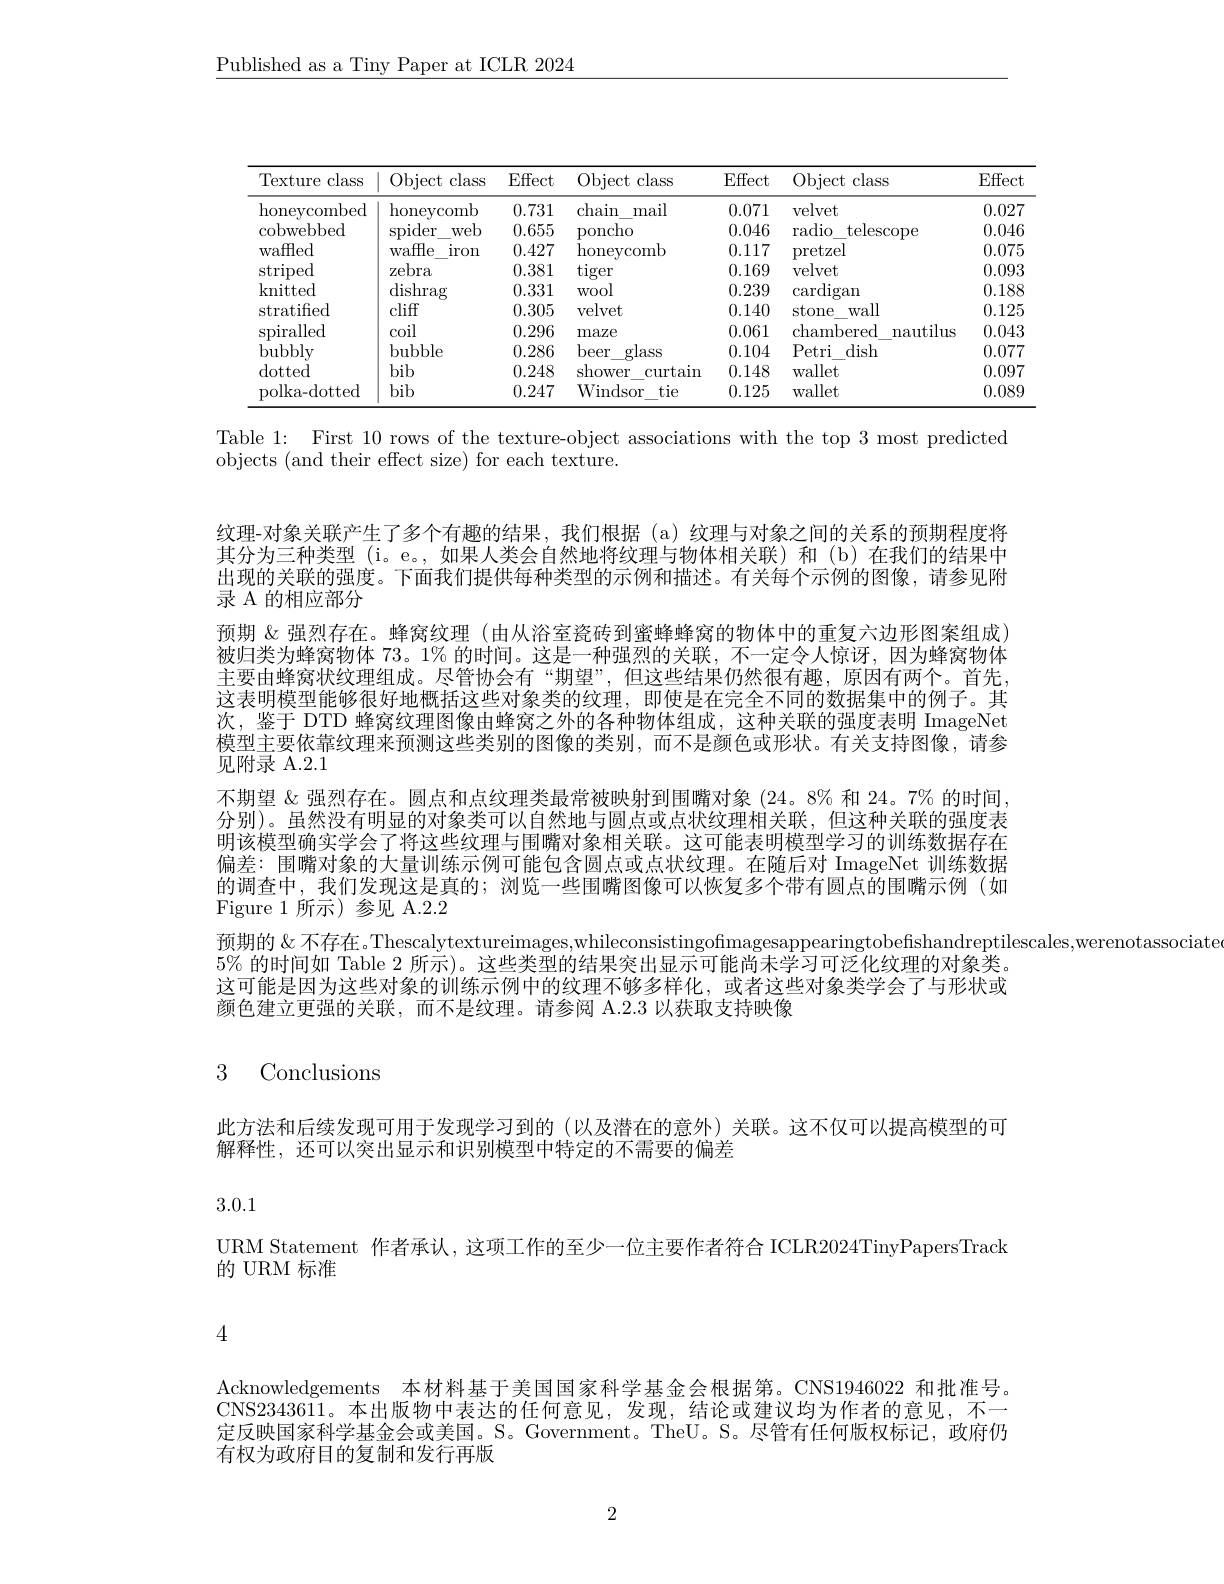
$\underline{\text{Published as a Tiny Paper at ICLR 2024}}$

<table>
	<tbody>
		<tr>
			<th>Texture class</th>
			<th>Object class T</th>
			<th>Effect</th>
			<th>Object class </th>
			<th>Effect</th>
			<th>$\operatorname{Object}$ class</th>
			<th>Effect</th>
		</tr>
		<tr>
			<td>honeycombed</td>
			<td>${\mathrm{honeycomb}}$</td>
			<td>0.731</td>
			<td>chain mail</td>
			<td>0.071</td>
			<td>velvet</td>
			<td>0.027</td>
		</tr>
		<tr>
			<td>$\operatorname{cobwebbed}$</td>
			<td>$\operatorname{spider}$ web</td>
			<td>0.655</td>
			<td>poncho</td>
			<td>0.046</td>
			<td>radio telescope</td>
			<td>0.046</td>
		</tr>
		<tr>
			<td>waffled 1</td>
			<td>waffe $\operatorname{iron}$</td>
			<td>0.427</td>
			<td>honeycomb</td>
			<td>0.117</td>
			<td>pretzel</td>
			<td>0.075</td>
		</tr>
		<tr>
			<td>striped</td>
			<td>zebra</td>
			<td>0.381</td>
			<td>tiger</td>
			<td>0.169</td>
			<td>velvet</td>
			<td>0.093</td>
		</tr>
		<tr>
			<td>knitted</td>
			<td>dishrag</td>
			<td>0.331</td>
			<td>WOol</td>
			<td>0.239</td>
			<td>$\operatorname{cardigan}$</td>
			<td>0.188</td>
		</tr>
		<tr>
			<td>stratifed</td>
			<td>cliff</td>
			<td>0.305</td>
			<td>velvet</td>
			<td>0.140</td>
			<td>stone wall</td>
			<td>0.125</td>
		</tr>
		<tr>
			<td>spiralled</td>
			<td>coil</td>
			<td>0.296</td>
			<td>maze</td>
			<td>0.061</td>
			<td>chambered nautilus</td>
			<td>0.043</td>
		</tr>
		<tr>
			<td>bubbly</td>
			<td>bubble</td>
			<td>0.286</td>
			<td>beer glass</td>
			<td>0.104</td>
			<td>dish Petri</td>
			<td>0.077</td>
		</tr>
		<tr>
			<td>$\operatorname{dotted}$</td>
			<td>bib</td>
			<td>0.248</td>
			<td>shower $\operatorname{curtain}$</td>
			<td>0.148</td>
			<td>wallet</td>
			<td>0.097</td>
		</tr>
		<tr>
			<td>polka-dotted</td>
			<td>bib</td>
			<td>0.247</td>
			<td>Windsor tie</td>
			<td>0.125</td>
			<td>wallet</td>
			<td>0.089</td>
		</tr>
	</tbody>
</table>

Table 1: First 10 rows of the texture-object associations with the top 3 most predicted
objects (and their effect size) for each texture.

纹理-对象关联产生了多个有趣的结果，我们根据(a)纹理与对象之间的关系的预期程度将其分为三种类型 (i。e。,如果人类会自然地将纹理与物体相关联)和 (b)在我们的结果中出现的关联的强度。下面我们提供每种类型的示例和描述。有关每个示例的图像，请参见附录 A 的相应部分
预期 &强烈存在。蜂窝纹理 (由从浴室瓷砖到蜜蜂蜂窝的物体中的重复六边形图案组成) 被归类为蜂窝物体 73。1% 的时间。这是一种强烈的关联，不一定令人惊讶，因为蜂窝物体主要由蜂窝状纹理组成。尽管协会有“期望”,但这些结果仍然很有趣，原因有两个。首先， 这表明模型能够很好地概括这些对象类的纹理，即使是在完全不同的数据集中的例子。其次，鉴于 DTD 蜂窝纹理图像由蜂窝之外的各种物体组成，这种关联的强度表明 ImageNet 模型主要依靠纹理来预测这些类别的图像的类别，而不是颜色或形状。有关支持图像，请参见附录 A.2.1
不期望$\&$强烈存在。圆点和点纹理类最常被映射到围嘴对象 (24。8% 和 24。7% 的时间， 分别)。虽然没有明显的对象类可以自然地与圆点或点状纹理相关联，但这种关联的强度表明该模型确实学会了将这些纹理与围嘴对象相关联。这可能表明模型学习的训练数据存在偏差：围嘴对象的大量训练示例可能包含圆点或点状纹理。在随后对 ImageNet 训练数据的调查中，我们发现这是真的；浏览一些围嘴图像可以恢复多个带有圆点的围嘴示例(如Figure 1 所示)参见 A.2.2
预期的 & 不存在。Thescalytextureimages,whileconsistingofimagesappearingtobefishandreptilescales,werenotassociate
$5\%$的时间如 Table 2 所示)。这些类型的结果突出显示可能尚未学习可泛化纹理的对象类。这可能是因为这些对象的训练示例中的纹理不够多样化，或者这些对象类学会了与形状或颜色建立更强的关联，而不是纹理。请参阅 A.2.3 以获取支持映像

# 3 Conclusions

此方法和后续发现可用于发现学习到的(以及潜在的意外)关联。这不仅可以提高模型的可
解释性，还可以突出显示和识别模型中特定的不需要的偏差

3.0.1

URM Statement 作者承认，这项工作的至少一位主要作者符合 ICLR2024TinyPapersTrack
的 URM 标准

4

Acknowledgements 本材料基于美国国家科学基金会根据第。CNS1946022 和批准号。CNS2343611。本出版物中表达的任何意见，发现，结论或建议均为作者的意见，不一定反映国家科学基金会或美国。S。Government。TheU。S。尽管有任何版权标记，政府仍有权为政府目的复制和发行再版

2